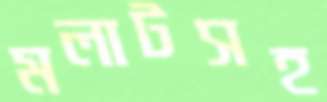
মলাটসহ